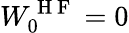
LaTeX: W_{0}^{\mathrm{~H~F~}}=0